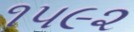
૧૫૯૨